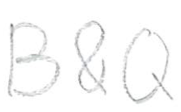
Text: B&Q
Cross-out: clean
Writing tool: pencil